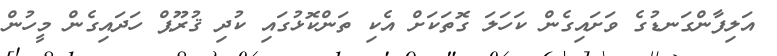
އަލިފާންގަނޑުގެ ވަށައިގެން ކަހަލަ ގޮތަކަށް އެކި ތަންކޮޅުގައި ކުދި ޤުރޫޕް ހަދައިގެން މީހުން